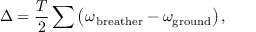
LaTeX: \Delta = \frac { T } { 2 } \sum \left( \omega _ { \mathrm { \, b r e a t h e r } } - \omega _ { \mathrm { g r o u n d } } \right) ,